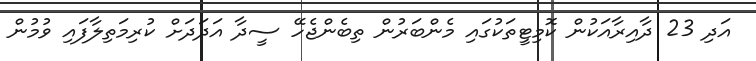
އަދި 23 ދާއިރާއަކުން ކޮމިޓީތަކުގައި މެންބަރުން ތިބެންޖެހޭ ސީދާ އަދަދަށް ކުރިމަތިލާފައި ވުމުން